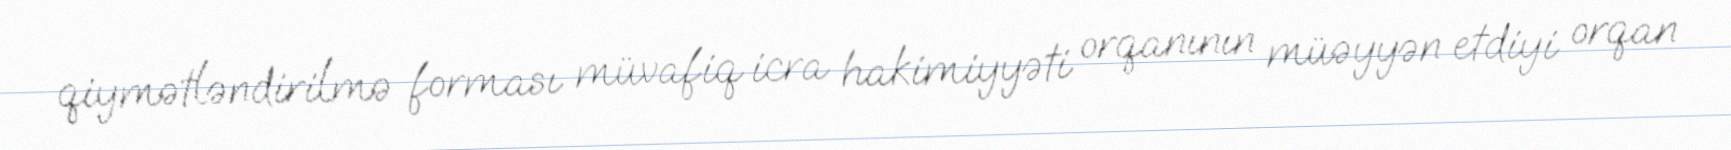
qiymətləndirilmə forması müvafiq icra hakimiyyəti orqanının müəyyən etdiyi orqan